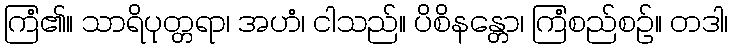
ကြံ၏။ သာရိပုတ္တရာ၊ အဟံ၊ ငါသည်။ ပိစိနန္တော၊ ကြံစည်စဉ်။ တဒါ၊